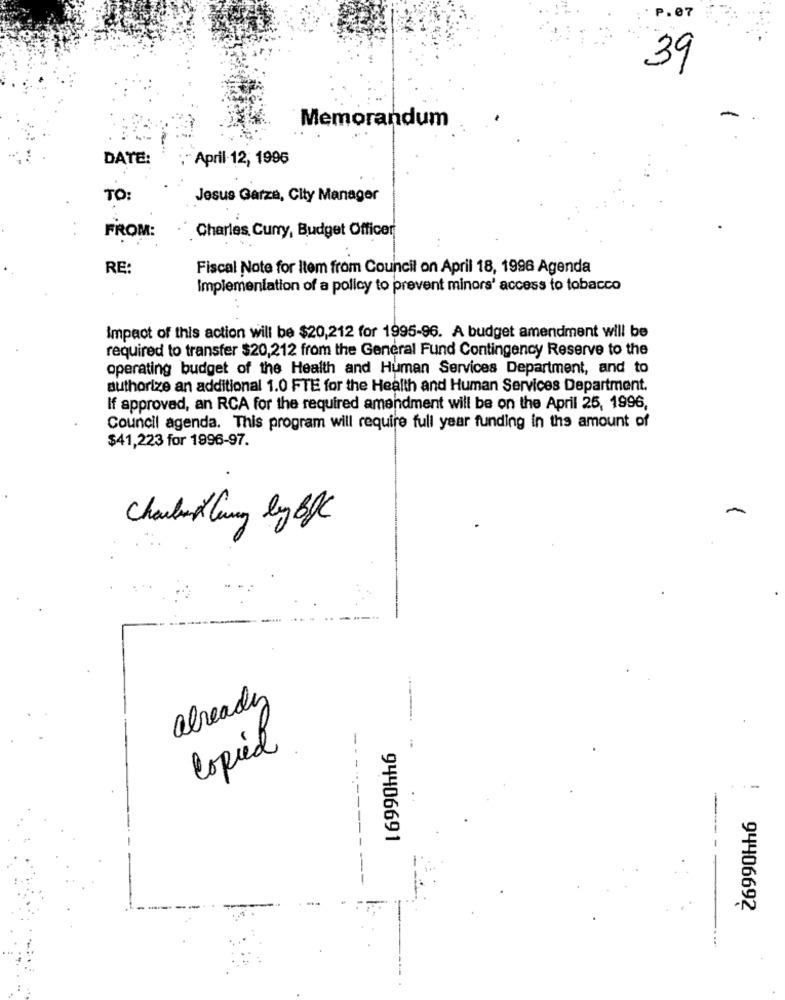
P.07
39
Memorandum
DATE:
" April 12, 1996
TO:
Jesus Garza, City Manager
Charles Curry, Budget Officer
FROM:
RE:
Fiscal Note for Item from Council on April 18, 1996 Agenda
Implementation of a policy to prevent minors' access to tobacco
Impact of this action will be $20,212 for 1995-96. A budget amendment will be
required to transfer $20,212 from the General Fund Contingency Reserve to the
operating budget of the Health and Human Services Department, and to
authorize an additional 1.0 FTE for the Health and Human Services Department.
If approved, an RCA for the required amendment will be on the April 25, 1996,
Council agenda. This program will require full year funding in the amount of
$41,223 for 1996-97.
Charles lung by BBC
already
Copied
94406691
94406692